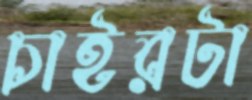
চাইরটা